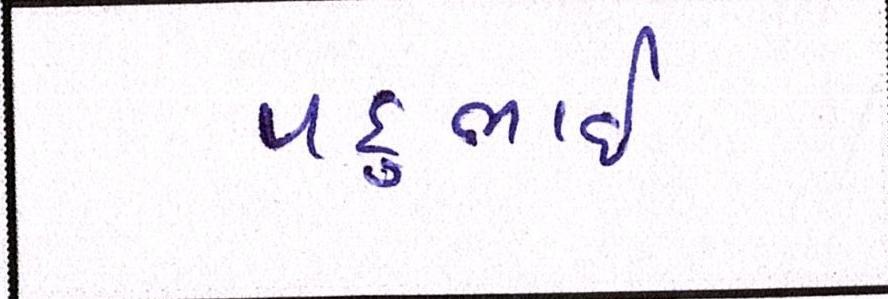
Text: પદુભાઈ